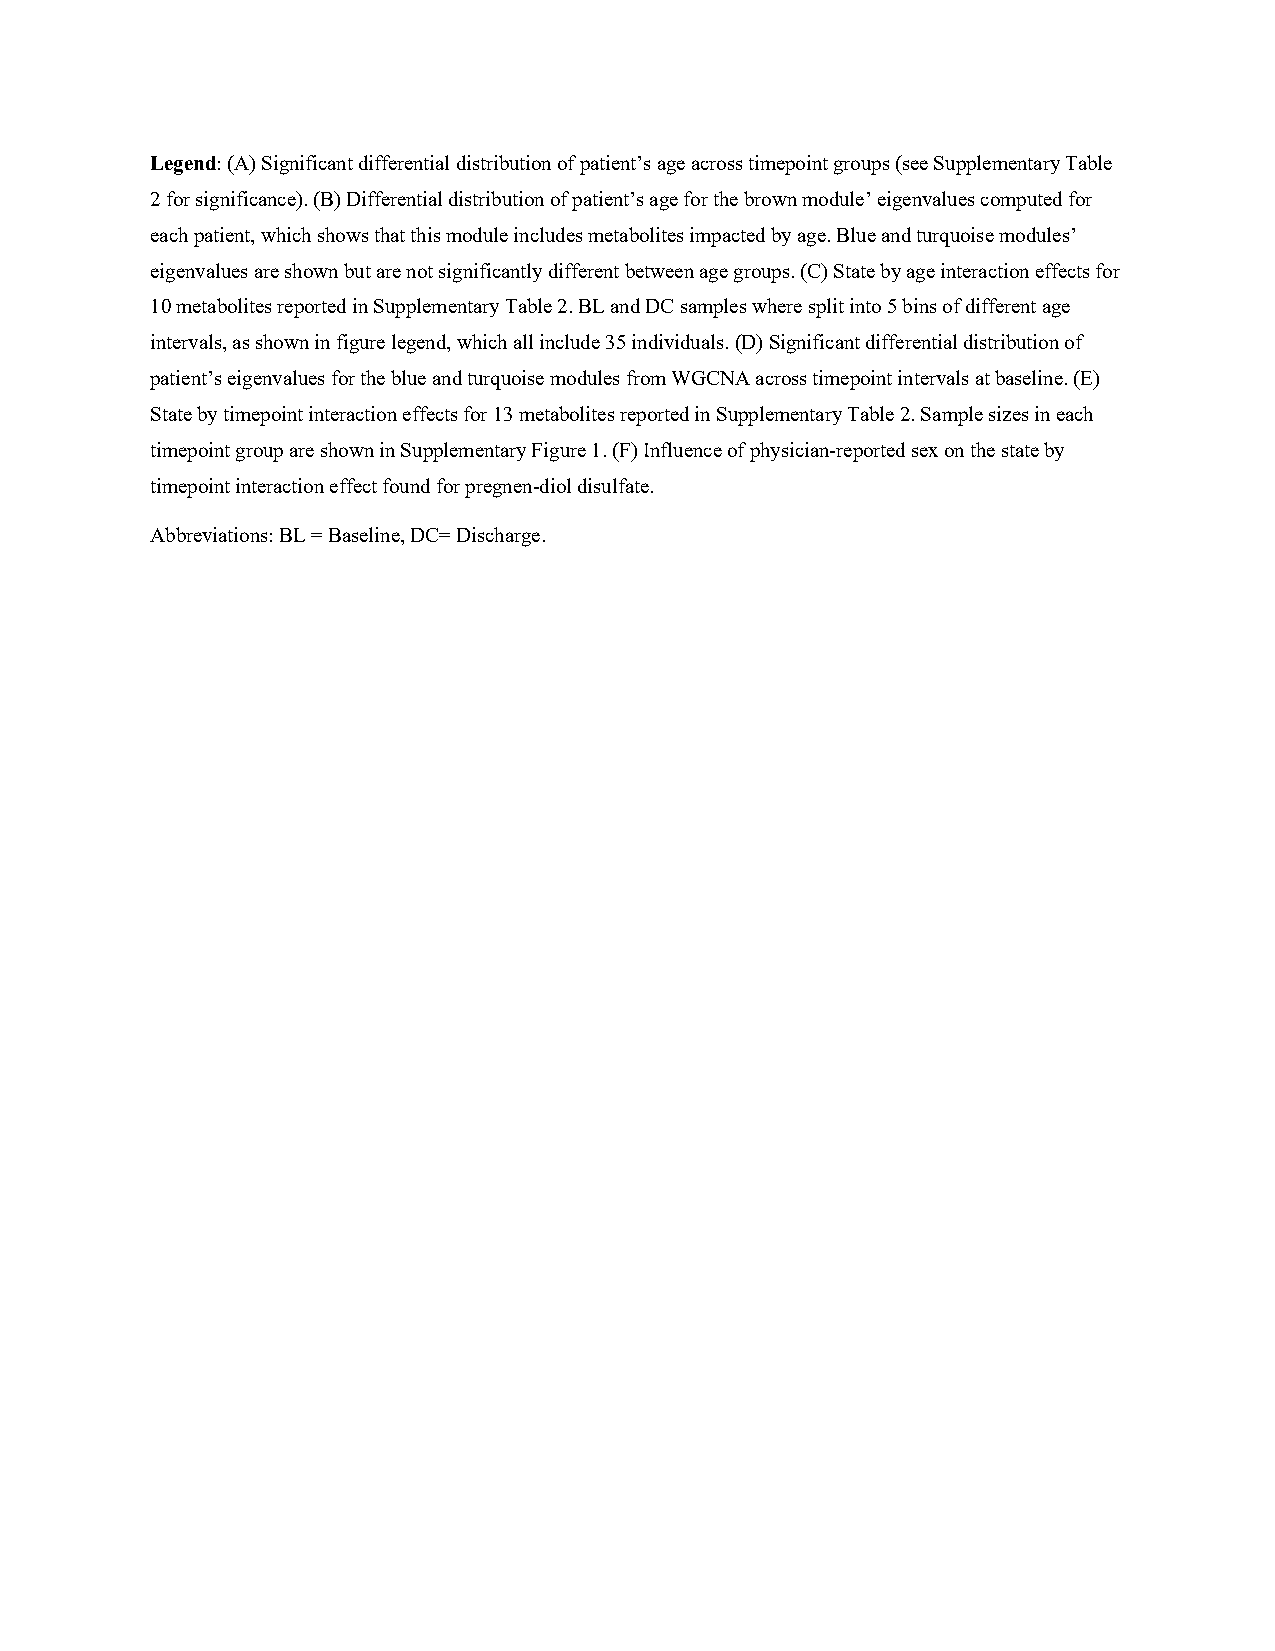
Legend: (A) Significant differential distribution of patient’s age across timepoint groups (see Supplementary Table
 2 for significance). (B) Differential distribution of patient’s age for the brown module’ eigenvalues computed for
 each patient, which shows that this module includes metabolites impacted by age. Blue and turquoise modules’
 eigenvalues are shown but are not significantly different between age groups. (C) State by age interaction effects for
 10 metabolites reported in Supplementary Table 2. BL and DC samples where split into 5 bins of different age
 intervals, as shown in figure legend, which all include 35 individuals. (D) Significant differential distribution of
 patient’s eigenvalues for the blue and turquoise modules from WGCNA across timepoint intervals at baseline. (E)
 State by timepoint interaction effects for 13 metabolites reported in Supplementary Table 2. Sample sizes in each
 timepoint group are shown in Supplementary Figure 1. (F) Influence of physician-reported sex on the state by
 timepoint interaction effect found for pregnen-diol disulfate.
 Abbreviations: BL = Baseline, DC= Discharge.